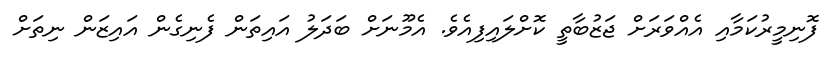
ފޮނިމީރުކަމާއި އެއްވަރަށް ޖަޒުބާތީ ކޮށްލައިފިއެވެ. އެމޫނަށް ބަދަލު އައިތަން ފެނިގެން އައިޒަން ނިތަށް